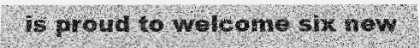
is proud to welcome six new